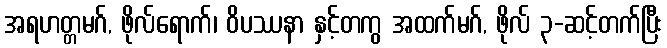
အရဟတ္တမဂ်, ဖိုလ်ရောက်၊ ဝိပဿနာ နှင့်တကွ အထက်မဂ်, ဖိုလ် ၃-ဆင့်တက်ပြီး